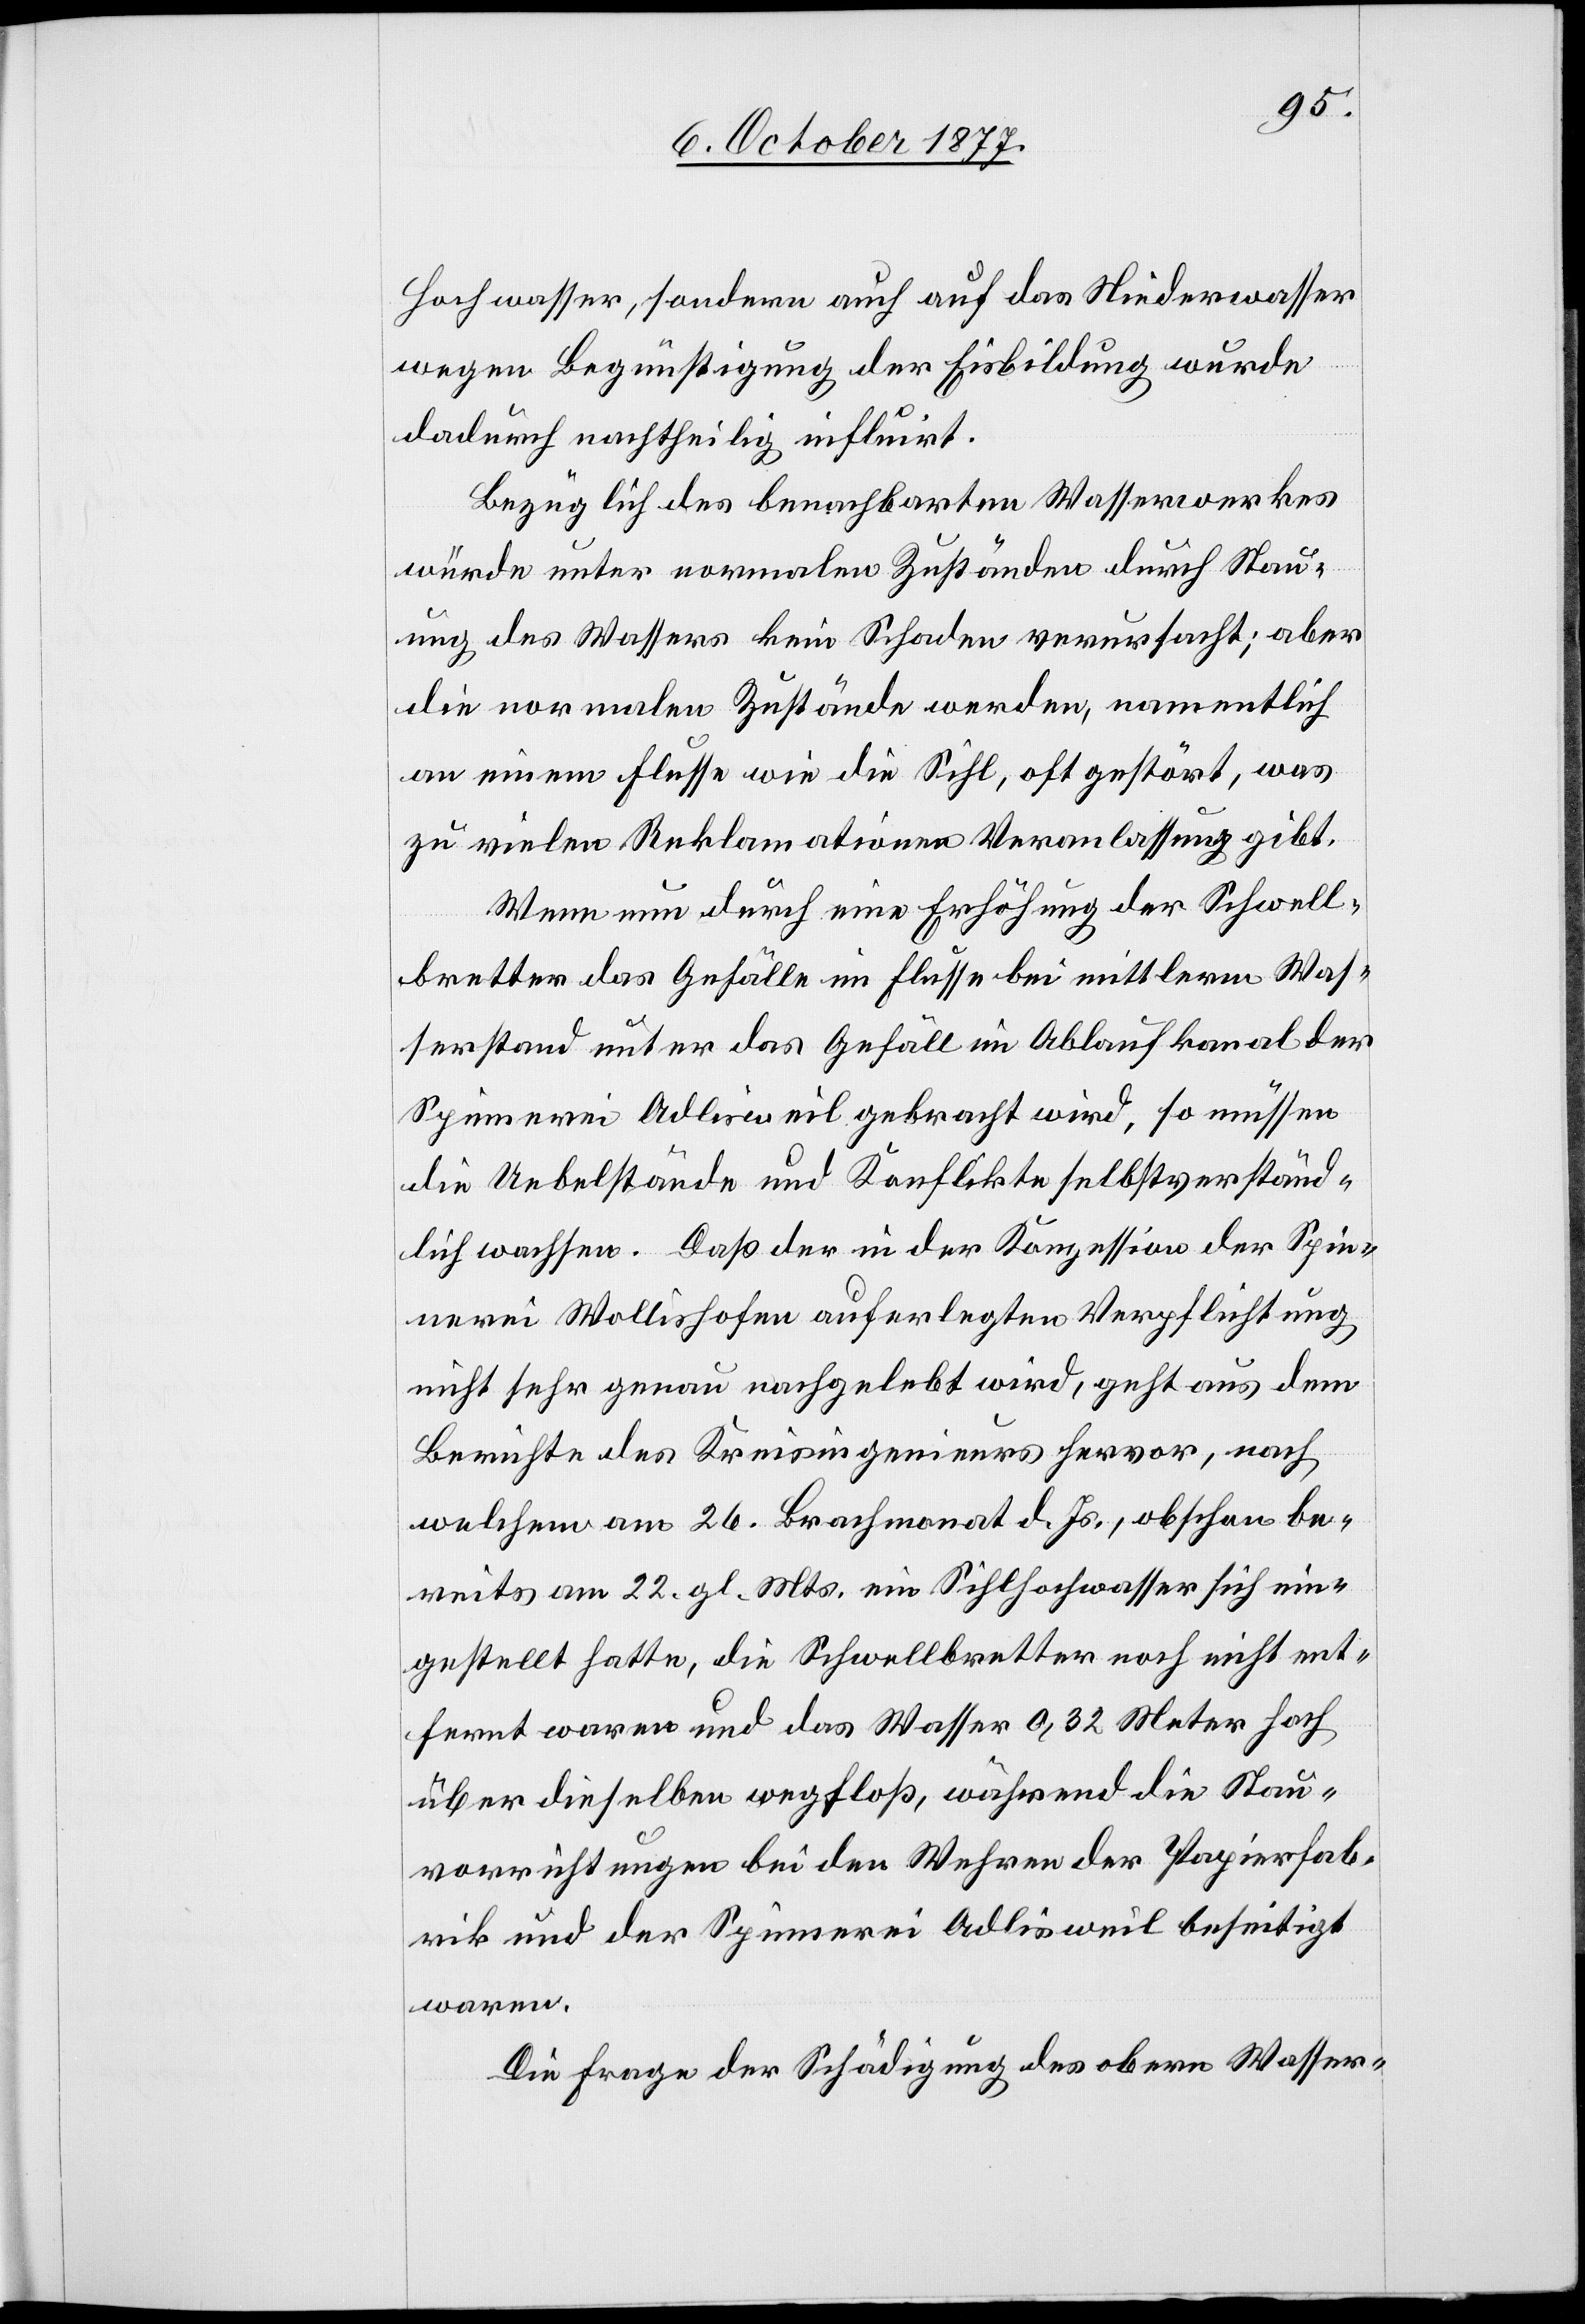
Hochwasser, sondern auch auf das Niederwasser
wegen Begünstigung der Eisbildung wurde
dadurch nachtheilig influirt.
Bezüglich des benachbarten Wasserwerkes
würde unter normalen Zuständen durch Stau¬
ung des Wassers kein Schaden verursacht; aber
die normalen Zustände werden, namentlich
an einem Flusse wie die Sihl, oft gestört, was
zu vielen Reklamationen Veranlassung gibt.
Wenn nun durch eine Erhöhung der Schwell¬
bretter das Gefälle im Flusse bei mittlerm Was¬
serstand unter das Gefäll im Ablaufkanal der
Spinnerei Adlisweil gebracht wird, so müssen
die Uebelstände und Konflikte selbstverständ¬
lich wachsen. Daß der in der Konzession der Spin¬
nerei Wollishofen auferlegten Verpflichtung
nicht sehr genau nachgelebt wird, geht aus dem
Berichte des Kreisingenieurs hervor, nach
welchem am 26. Brachmonat d. Js., obschon be¬
reits am 22. gl. Mts. ein Sihlhochwasser sich ein¬
gestellt hatte, die Schwellbretter noch nicht ent¬
fernt waren und das Wasser 0,32 Meter hoch
über dieselben wegfloß, während die Stau¬
vorrichtungen bei den Wehren der Papierfab¬
rik und der Spinnerei Adlisweil beseitigt
waren.
Die Frage der Schädigung des obern Wasser-